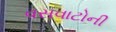
વસવાટોની